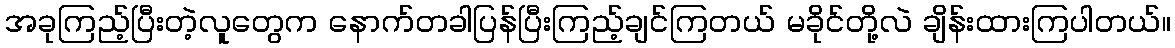
အခုကြည့်ပြီးတဲ့လူတွေက နောက်တခါပြန်ပြီးကြည့်ချင်ကြတယ် မခိုင်တို့လဲ ချိန်းထားကြပါတယ်။